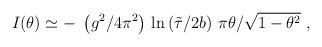
\begin{align*}I(\theta )\simeq -\; \left(g^{2}/4\pi ^{2}\right) \, \ln \left({\tilde \tau}/2b\right) \, {\pi\theta}/\sqrt{1-\theta^{2}} \; ,\end{align*}